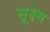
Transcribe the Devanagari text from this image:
सू्क्ष्म